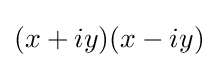
(x+iy)(x-iy)